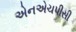
એનએચપીસી